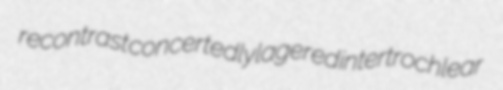
recontrast concertedly lagered intertrochlear